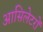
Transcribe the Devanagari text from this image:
आसिलेटरों